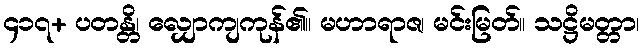
၄၁၇+ ပတန္တိ၊ လျှောကျကုန်၏။ မဟာရာဇ၊ မင်းမြတ်။ သဋ္ဌိမတ္တာ၊